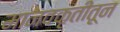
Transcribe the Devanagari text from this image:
मानवकृतीतून